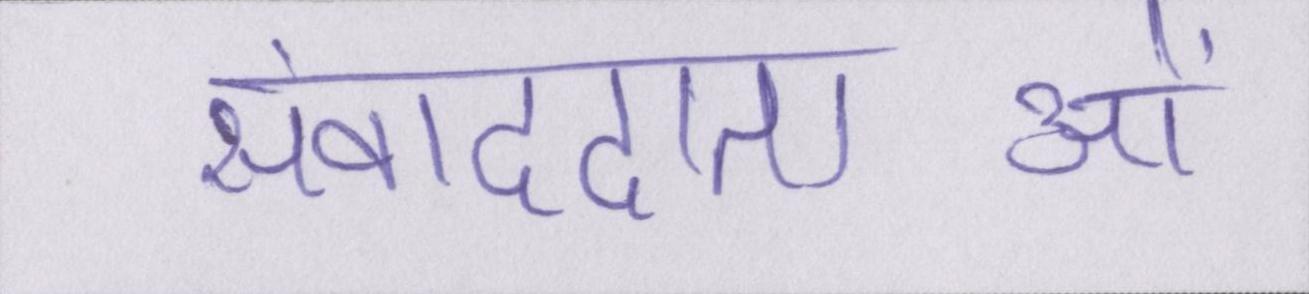
संवाददाताओं